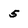
Character: 5